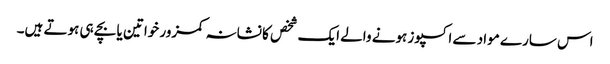
اس سارے مواد سے اکسپوز ہونے والے ایک شخص کا نشانہ کمزور خواتین یا بچے ہی ہوتے ہیں۔